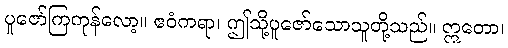
ပူဇော်ကြကုန်လော့။ ဧဝံကရာ၊ ဤသို့ပူဇော်သောသူတို့သည်။ ဣတော၊